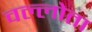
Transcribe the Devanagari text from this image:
वल्लोता